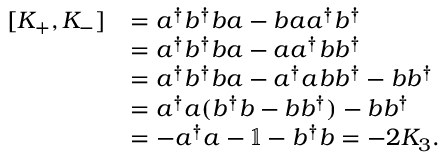
\begin{array} { r l } { [ K _ { + } , K _ { - } ] } & { = a ^ { \dagger } b ^ { \dagger } b a - b a a ^ { \dagger } b ^ { \dagger } } \\ & { = a ^ { \dagger } b ^ { \dagger } b a - a a ^ { \dagger } b b ^ { \dagger } } \\ & { = a ^ { \dagger } b ^ { \dagger } b a - a ^ { \dagger } a b b ^ { \dagger } - b b ^ { \dagger } } \\ & { = a ^ { \dagger } a ( b ^ { \dagger } b - b b ^ { \dagger } ) - b b ^ { \dagger } } \\ & { = - a ^ { \dagger } a - \mathbb { 1 } - b ^ { \dagger } b = - 2 K _ { 3 } . } \end{array}